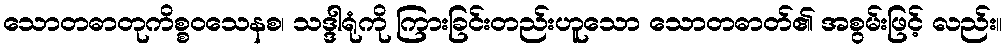
သောတဓာတုကိစ္စဝသေနစ၊ သဒ္ဒါရုံကို ကြားခြင်းတည်းဟူသော သောတဓာတ်၏ အစွမ်းဖြင့် လည်း။